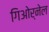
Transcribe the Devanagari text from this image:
गिओर्नेल